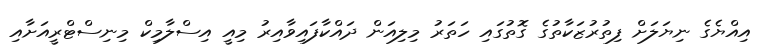
އިއްޔެގެ ނިޔަލަށް ފިތުރުޒަކާތުގެ ގޮތުގައި ހަތަރު މިލިއަން ދައްކާފައިވާއިރު މިއީ އިސްލާމިކް މިނިސްޓްރީއަށާއި